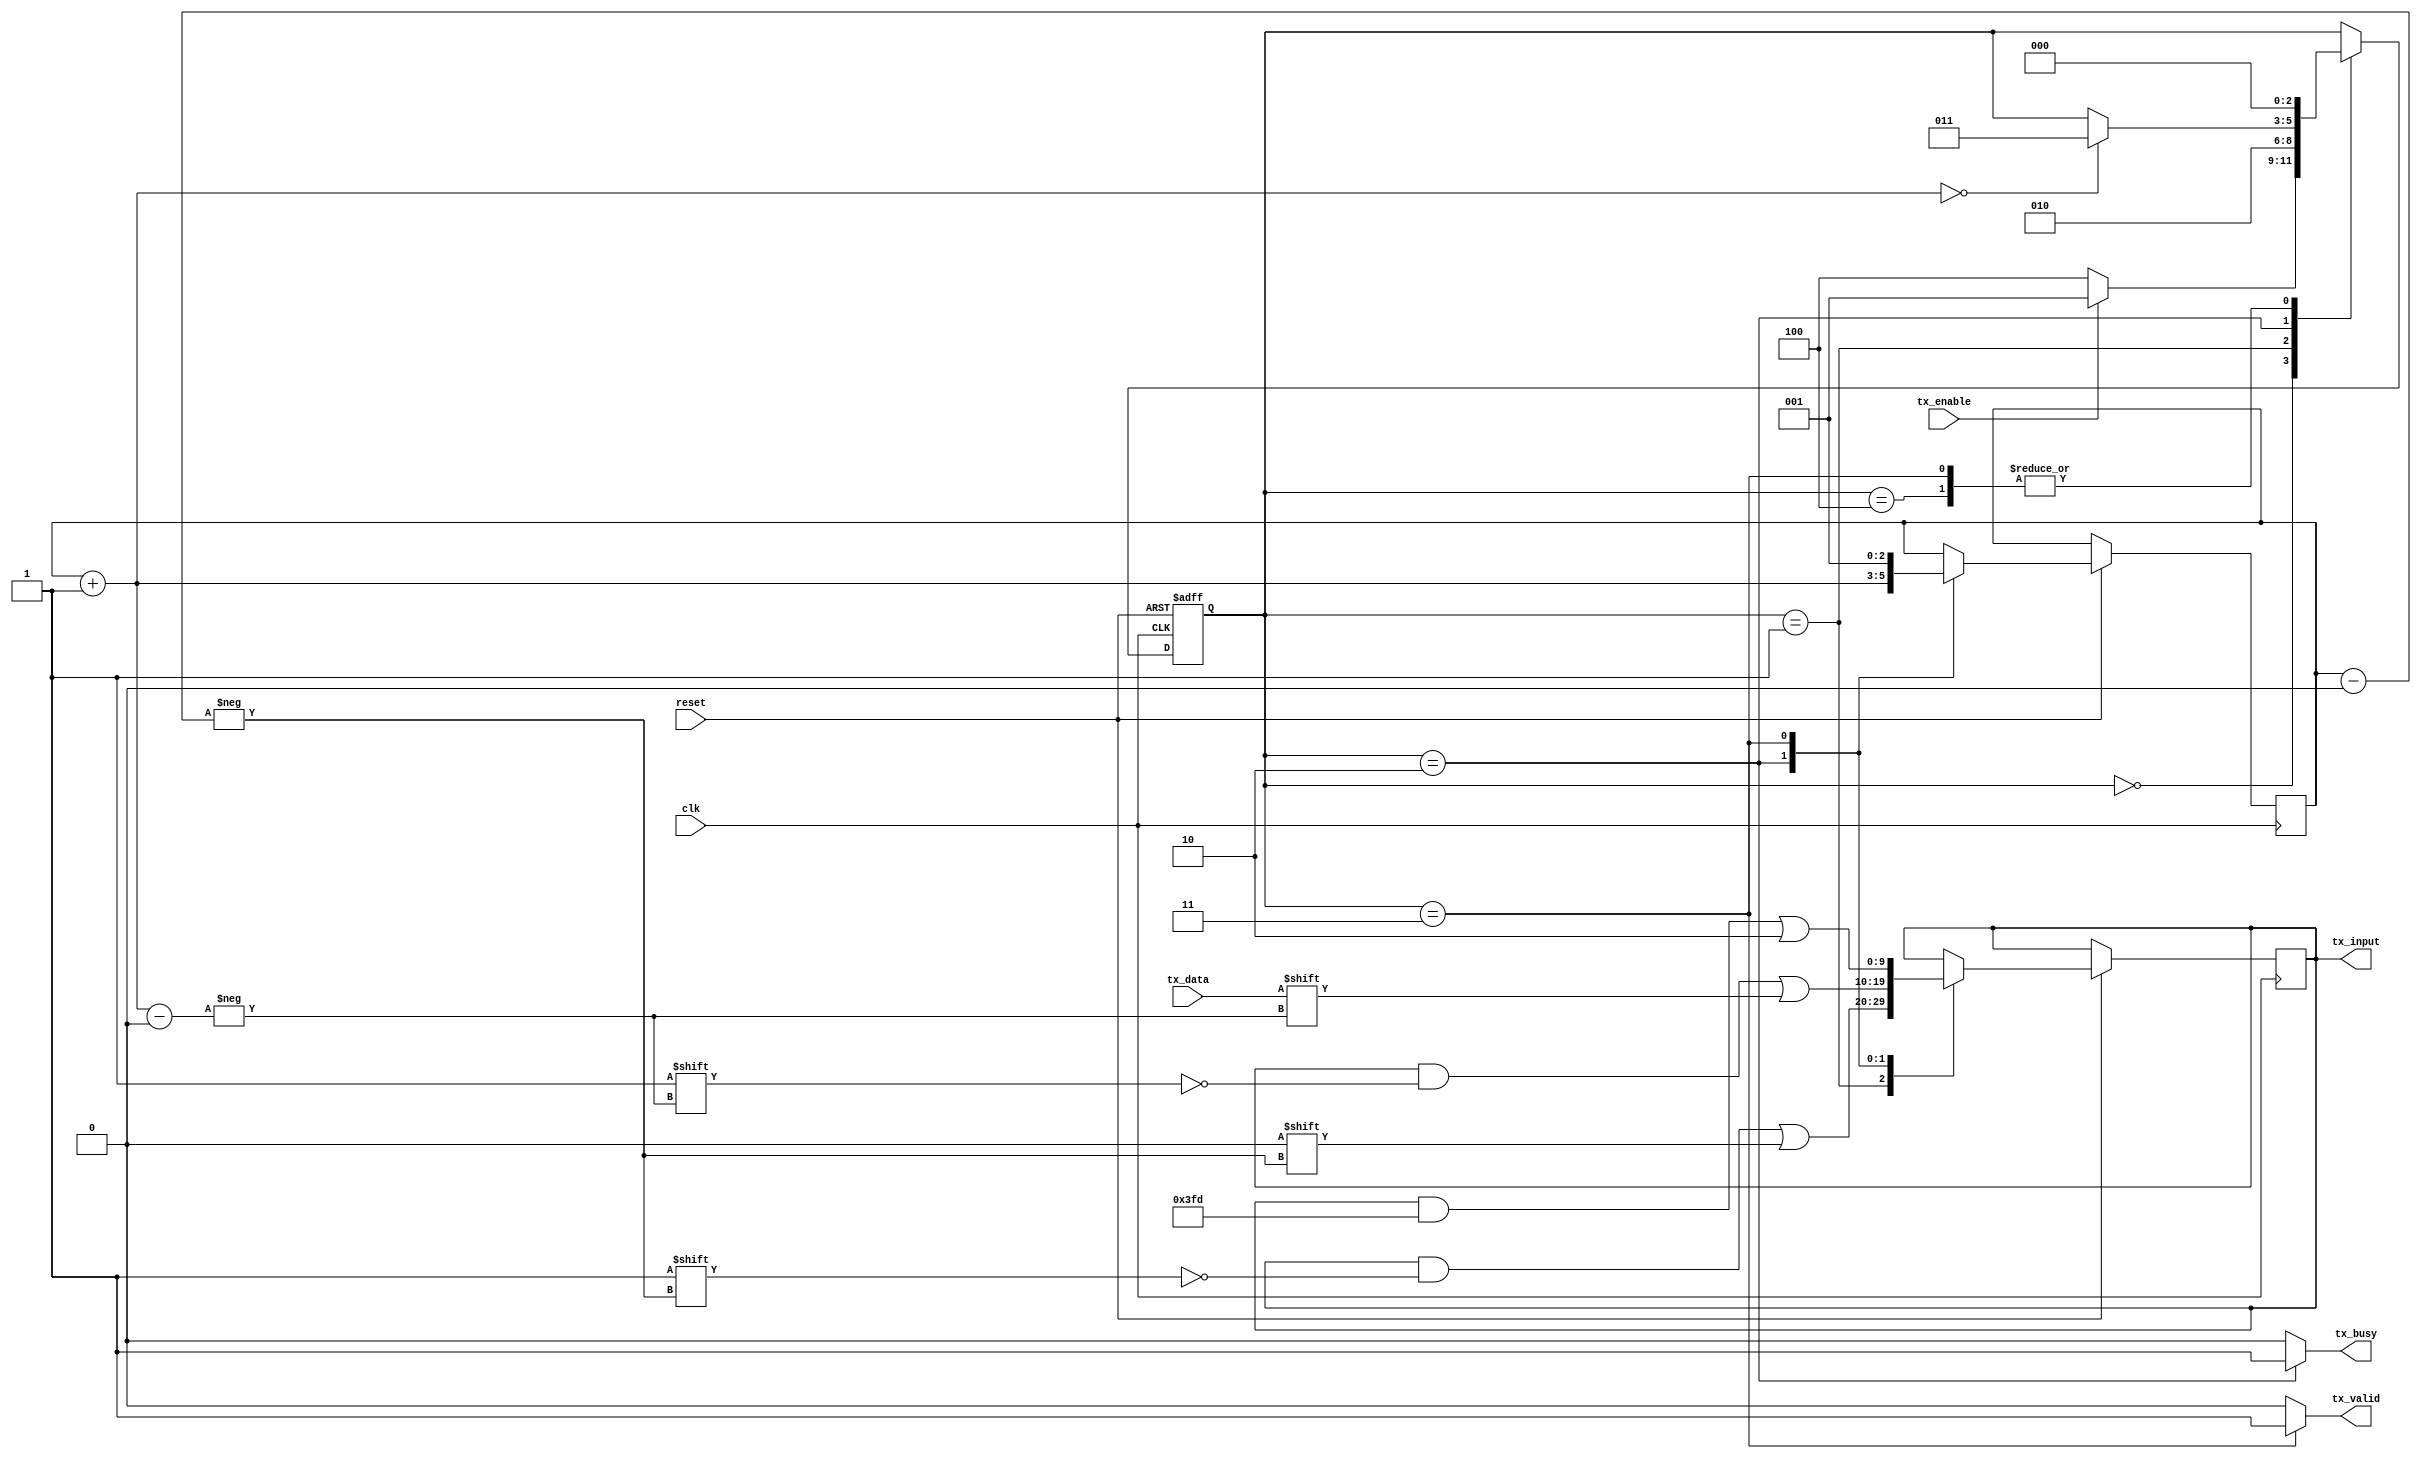
module uarttransmitter(tx_busy,tx_valid,tx_input,tx_data,tx_enable,clk,reset);
input tx_enable,tx_data,clk,reset;

output tx_busy,tx_valid; //Flages

///transmit data
output reg [9:0] tx_input;

//states
parameter  ideal=3'd0,
				start=3'd1,
				data=3'd2,
				stop=3'd3,
				error=3'd4;

//Count for the data transmission of 8-bit				
reg [2:0] current_state;


//flag instantiation
assign tx_busy = (current_state==data)?1:0;
assign tx_valid = (current_state==stop)?1:0;


//counter
reg [2:0] count=3'd0;


always @(posedge clk or negedge reset)
begin
if(!reset)

begin
current_state = ideal;
end

else
begin

case(current_state)

ideal:
begin
if(tx_enable==1)
current_state=start;
else
current_state=error;
end

start:
begin
tx_input[count] = 0; // start bit as '0'
current_state=data; // start to transmit 8-bit of data
end

data:
begin
count=count+3'd1; // Start the counter till 8-bit of data transmission
tx_input[count]=tx_data;

if(count==3'd8)
current_state=stop;
end

stop:
begin
count=3'd9;
tx_input[count] = 1; // Stop bit as '1'
current_state=ideal;
end

error:

begin
current_state = ideal;
end

endcase

end
end
endmodule